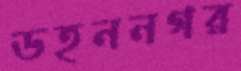
ডহননগর